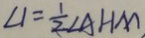
\angle 1 = \frac { 1 } { 2 } \angle A H M